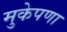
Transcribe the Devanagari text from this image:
मुकेपणा